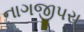
નાગજીપરા